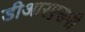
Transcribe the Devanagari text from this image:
डीआरएसपी